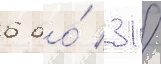
6 до́ 31 /